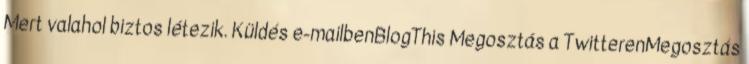
Mert valahol biztos létezik. Küldés e-mailbenBlogThis Megosztás a TwitterenMegosztás